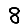
Digit: 8